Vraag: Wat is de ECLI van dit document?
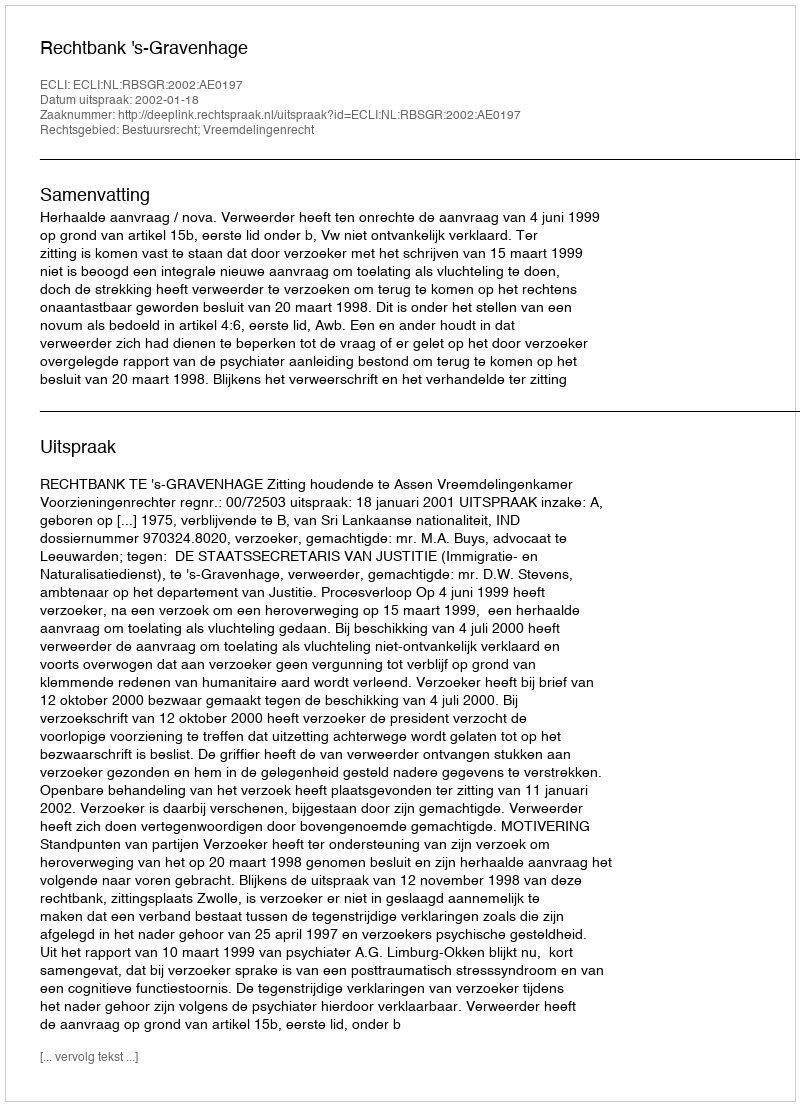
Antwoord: ECLI:NL:RBSGR:2002:AE0197